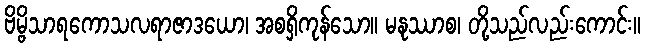
ဗိမ္ဗိသာရကောသလရာဇာဒယော၊ အစရှိကုန်သော။ မနုဿာစ၊ တို့သည်လည်းကောင်း။